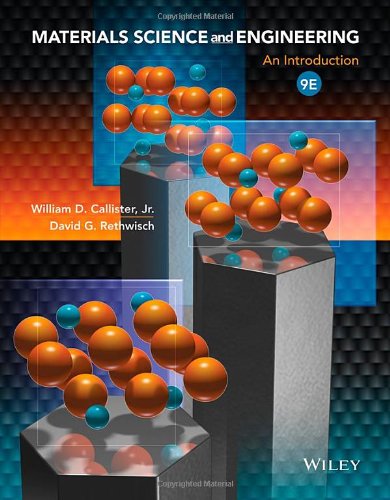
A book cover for Materials Science and Engineering: An Introduction; William D. Callister; Engineering & Transportation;